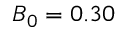
B _ { 0 } = 0 . 3 0